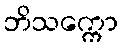
ဘိသက္ကော